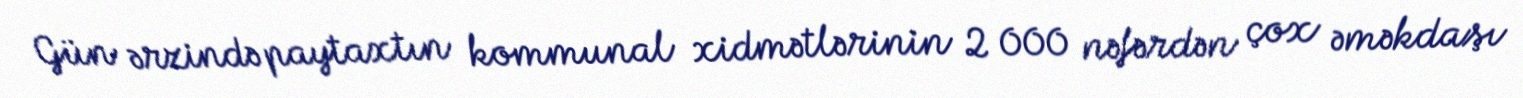
Gün ərzində paytaxtın kommunal xidmətlərinin 2 000 nəfərdən çox əməkdaşı